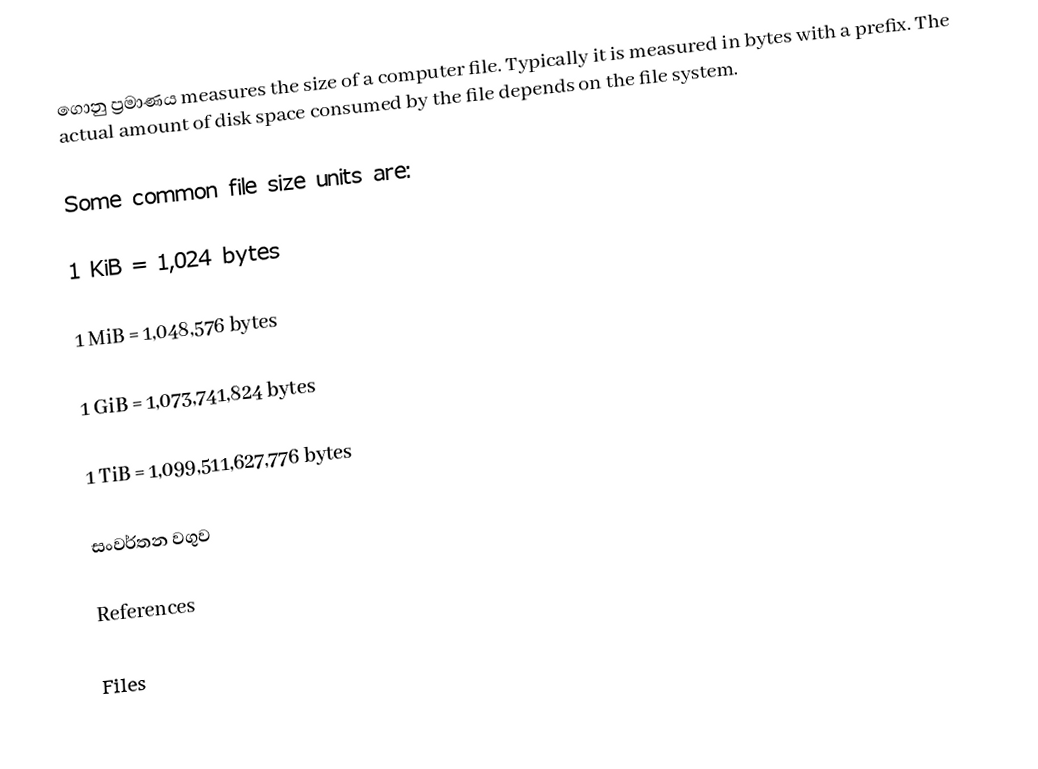
ගොනු ප්‍රමාණය measures the size of a computer file. Typically it is measured in bytes with a prefix. The actual amount of disk space consumed by the file depends on the file system.

Some common file size units are:

1 KiB = 1,024 bytes

1 MiB = 1,048,576 bytes

1 GiB = 1,073,741,824 bytes

1 TiB = 1,099,511,627,776 bytes

සංවර්තන වගුව

References

Files